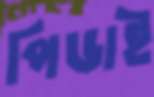
পিডাই